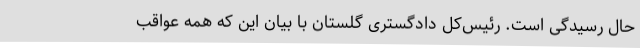
حال رسیدگی است. رئیس‌کل دادگستری گلستان با بیان این که همه عواقب